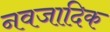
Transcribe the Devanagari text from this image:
नवजादिक